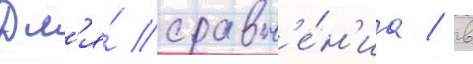
Дл'я́ сравн'е́н'иа / в